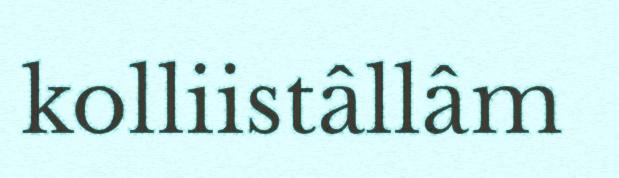
kolliistâllâm